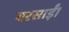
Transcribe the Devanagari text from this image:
बरसाईं।